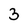
Character: 3